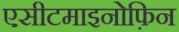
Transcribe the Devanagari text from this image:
एसीटमाइनोफ़िन